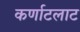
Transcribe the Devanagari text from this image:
कर्णाटलाट